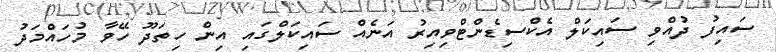
ސައިފު ދުއްވި ސައިކަލް އެކްސިޑެންޓްވިއިރު އަނެއް ސައިކަލްގައި އިން ހިތަދޫ ހޭވާ މުހައްމަދު